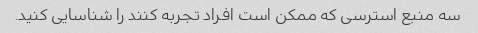
سه منبع استرسی که ممکن است افراد تجربه کنند را شناسایی کنید.